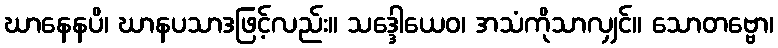
ဃာနေနပိ၊ ဃာနပသာဒဖြင့်လည်း။ သဒ္ဒေါယေဝ၊ အသံကိုသာလျှင်။ သောတဗ္ဗော၊